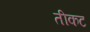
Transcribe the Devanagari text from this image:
तीकट